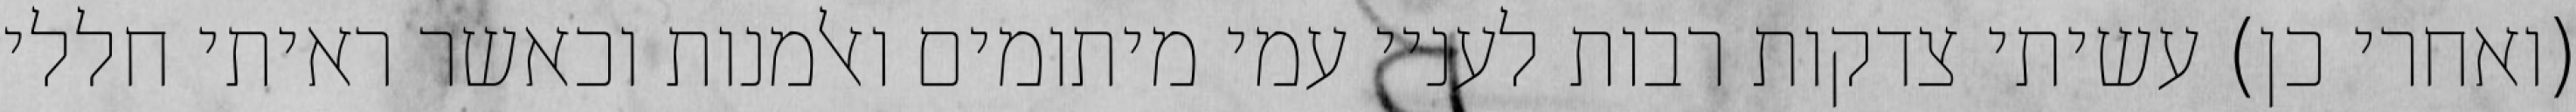
(ואחרי כן) עשיתי צדקות רבות לעניי עמי מיתומים ואלמנות וכאשר ראיתי חללי